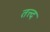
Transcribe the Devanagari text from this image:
तत्त्द